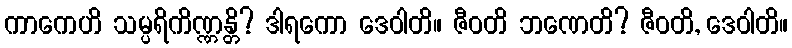
ကာကေဟိ သမ္ပရိကိဏ္ဏန္တိ? ဒါရကော ဒေဝါတိ။ ဇီဝတိ ဘဏေတိ? ဇီဝတိ, ဒေဝါတိ။